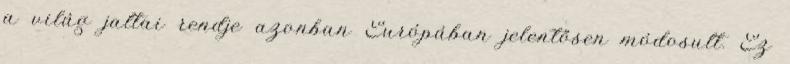
a világ jaltai rendje azonban Európában jelentősen módosult. Ez